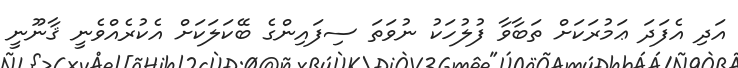
އަދި އެފަދަ ޢަމުރަކަށް ތަބާވާ ފުލުހަކު ނުވަތަ ސިފައިންގެ ބޭކަލަކަށް އެކުރެއްވެނީ ޤާނޫނީ